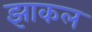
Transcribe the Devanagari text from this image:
झाकल